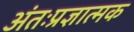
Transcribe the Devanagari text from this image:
अंतःप्रज्ञात्मक